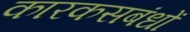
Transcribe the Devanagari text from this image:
कारकसबंधों